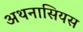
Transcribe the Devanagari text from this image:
अथनासियस